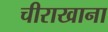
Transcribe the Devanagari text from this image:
चीराखाना